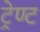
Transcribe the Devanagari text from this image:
ट्रेण्ट